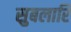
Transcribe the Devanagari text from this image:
सुबलारि